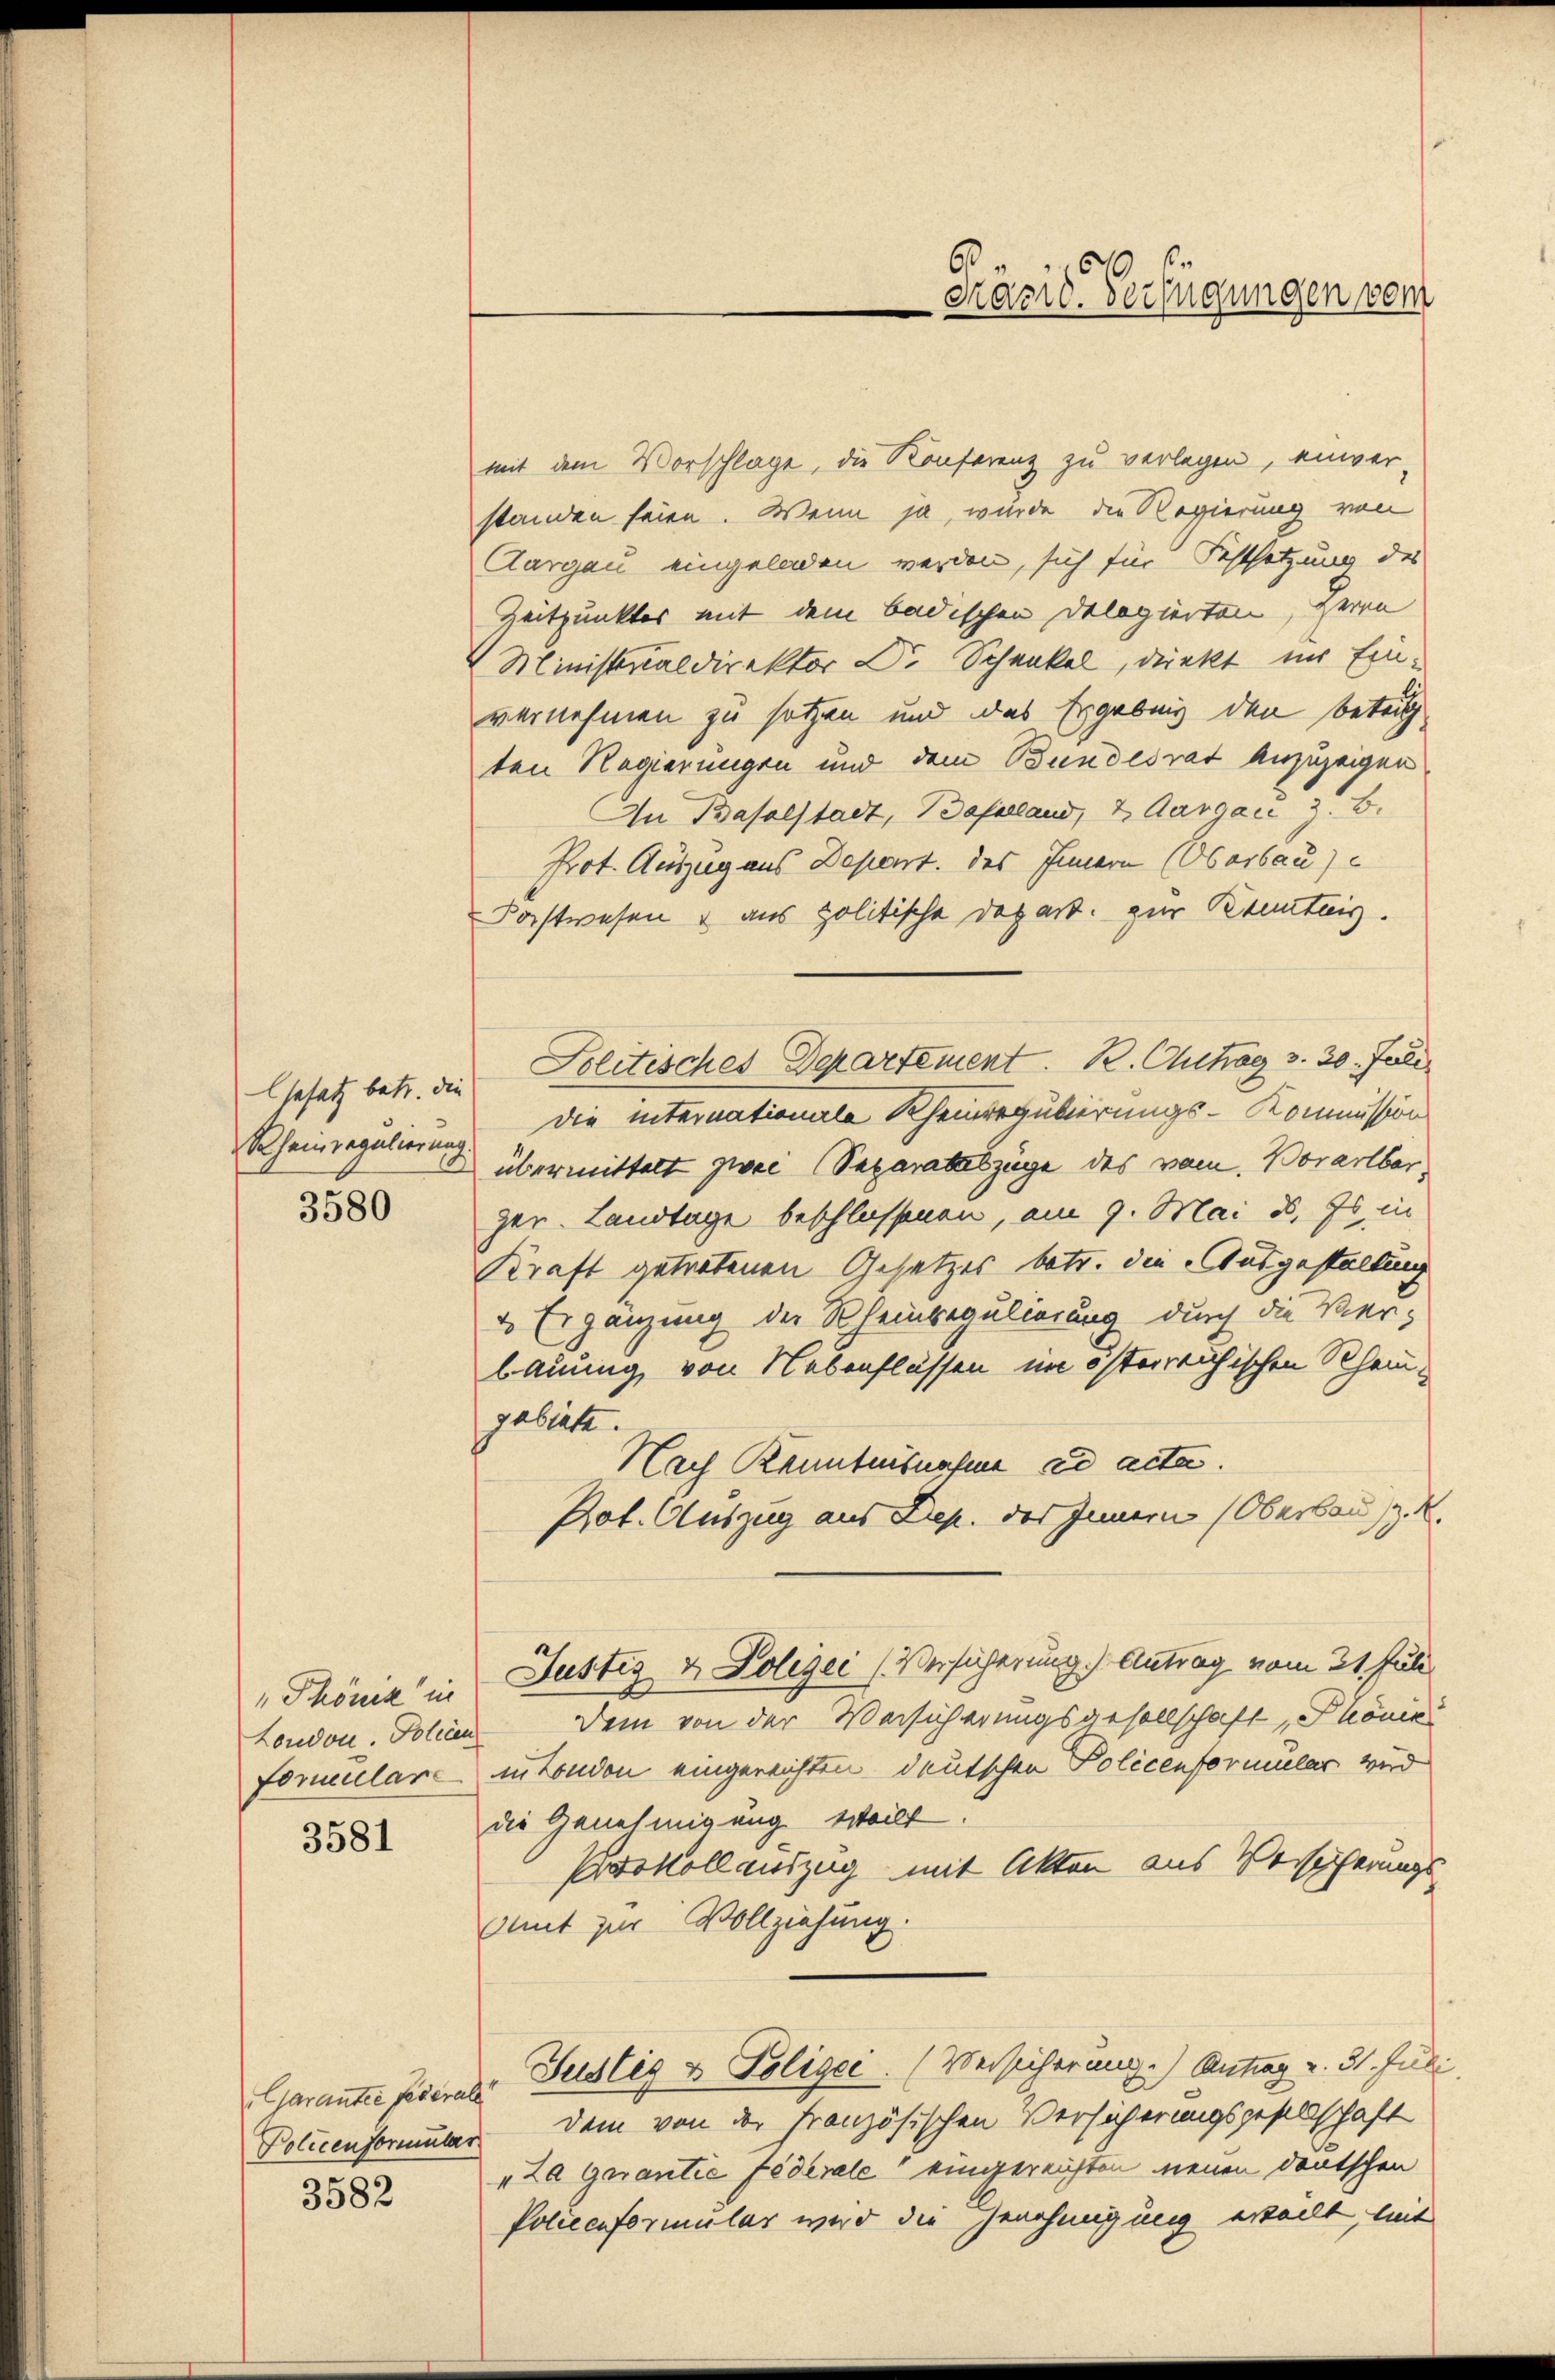
Gesetz betr. die

3580

3581

Garanter federall

3582

mit dem Vorschlage, die Konferenz zu verlegen, einver-
standen seien. Wenn ja, wurde die Regierung von
Aargau eingeladen werden, sich für Festsetzung des
Zeitpunktes mit dem badischen Delegierten, Herrn
Ministerialdirektor Dr. Schenkel, denkt im Einvernehmen zu setzen und das Ergebnis den betrit
ten Regierungen und dem Bundesrat anzuzeigen
An Baselstadt, Baselland, 2. Aargau z. B.
Prot. Auszug aus Depart. des Innern (Oberbau
Postwesen & aus politische Depart. zur Kenntnis.
Solitisches Departement. R. Chitrag v. 20. Juli
die internationale Rheinregulierungs-Kommission
Rhein regulieren übermittelt zwei Separatabzüge des vom Vorarlber,
ger. Landtage beschlossenen, am 9. Mai d. Es in
Kraft getretenen Gesetzes betr. die Ausgestaltung
2 Ergänzung der Rheinregulierung durch die Verbauung, von Nebenflüssen im österreichischen Rheingebiete.
Nach Kenntnisnahme ad acta.
Pot. Auszug aus Dep. des Innern (Oberbau, z. R.
„Phönik in Justiz & Polizei (Versicherung) Antrag vom 21. Juli
London. Polien Dein von der Versicherungsgesellschaft, Phönizi
formulare in London eingerichten deutschen Policenformular wird
die Genehmigung steilt.
Prokollauszug mit Akten aus Versicherungs-
Amt zur Vollziehung.
Justig & Polizei. (Versicherung.) Antrag u. 31. Juni
Policenformuler dem von der Französischen Versicherungsgesellschaft
„La garantie federale“ eingereichten neuen deutschen
Policeiformular wird die Genehmigung ertellt, mit

Präsid. Verfügungen vom